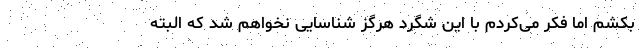
بکشم اما فکر می‌کردم با این شگرد هرگز شناسایی نخواهم شد که البته